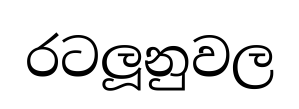
රටලූනුවල